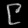
Digit: ၉